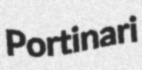
Portinari